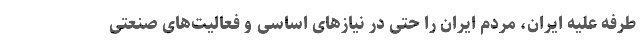
طرفه علیه ایران، مردم ایران را حتی در نیازهای اساسی و فعالیت‌های صنعتی